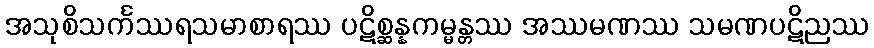
အသုစိသင်္ကဿရသမာစာရဿ ပဋိစ္ဆန္နကမ္မန္တဿ အဿမဏဿ သမဏပဋိညဿ